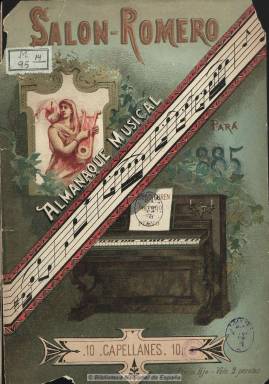
Título: Almanaque musical (Madrid)
Colección: Almanaques || Música
Ámbito geográfico: Madrid
Lugar de publicación: Madrid
Fechas: 01/01/1885-31/12/1885

Editado por Antonio Romero y Andía, contiene interesantes datos relacionados con la música y el teatro lírico español, como efemérides musicales, así como una descripción del Salón Romero, de Madrid, acompañada de una lámina con la vista general del mismo. También contiene una relación descriptiva de instituciones musicales (asociaciones y teatros), datos estadísticos, listado de maestros de capilla de catedrales y colegiatas y de los teatros líricos madrileños, así como una relación de artistas y catálogos de pianos y armonios. También una revista de prensa de opiniones sobre dicho salón. La presentación del almanaque, en verso, corresponde a Juan Pérez Zúñiga. Al final, hay un índice.